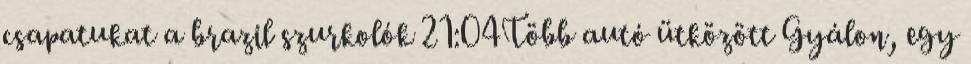
csapatukat a brazil szurkolók 21:04Több autó ütközött Gyálon, egy